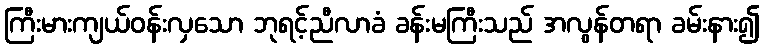
ကြီးမားကျယ်ဝန်းလှသော ဘုရင့်ညီလာခံ ခန်းမကြီးသည် အလွန်တရာ ခမ်းနား၍